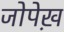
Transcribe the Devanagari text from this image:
जोपेख़